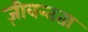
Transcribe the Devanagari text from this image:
ज़ीवन्तता